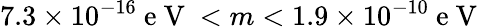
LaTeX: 7.3\times 10^{-16}\mathrm{~e~V~}<m<1.9\times 10^{-10}\mathrm{~e~V~}